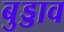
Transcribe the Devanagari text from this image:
बुड्डाव